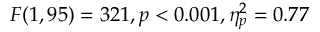
F ( 1 , 9 5 ) = 3 2 1 , p < 0 . 0 0 1 , \eta _ { p } ^ { 2 } = 0 . 7 7